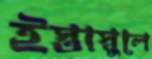
ইস্তাস্বুলে